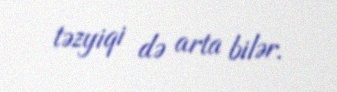
təzyiqi də arta bilər.